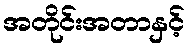
အတိုင်းအတာနှင့်